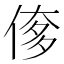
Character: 偧